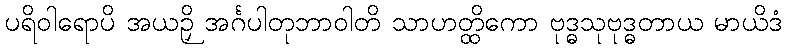
ပရိဝါရောပိ အယဉှိ အင်္ဂပါတုဘာဝါတိ သာဟတ္ထိကော ဗုဒ္ဓသုဗုဒ္ဓတာယ မာယိဒံ